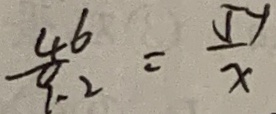
\frac { 4 6 } { 9 . 2 } = \frac { 5 - 1 } { x }